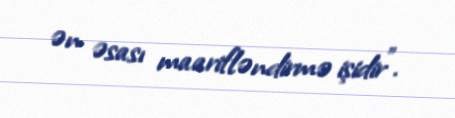
ən əsası maarifləndirmə işidir”.